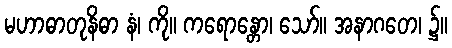
မဟာဓာတုနိဓာ နံ၊ ကို။ ကရောန္တော၊ သော်။ အနာဂတေ၊ ၌။